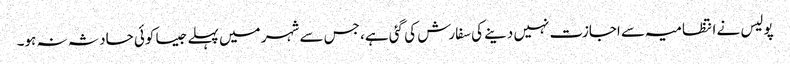
پولیس نے انتظامیہ سے اجازت نہیں دینے کی سفارش کی گئی ہے، جس سے شہر میں پہلے جیسا کوئی حادثہ نہ ہو۔